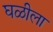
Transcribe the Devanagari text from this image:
घळीला